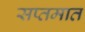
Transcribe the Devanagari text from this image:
सप्तमात